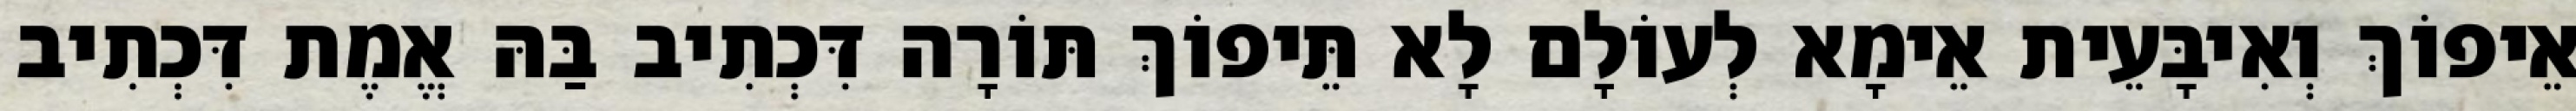
אֵיפוֹךְ וְאִיבָּעֵית אֵימָא לְעוֹלָם לָא תֵּיפוֹךְ תּוֹרָה דִּכְתִיב בַּהּ אֱמֶת דִּכְתִיב